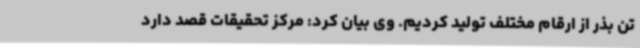
تن بذر از ارقام مختلف تولید کردیم. وی بیان کرد: مرکز تحقیقات قصد دارد